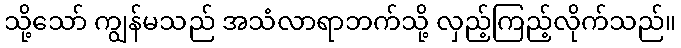
သို့သော် ကျွန်မသည် အသံလာရာဘက်သို့ လှည့်ကြည့်လိုက်သည်။